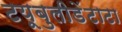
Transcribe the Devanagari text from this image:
टयूबुलीडेंटाटा